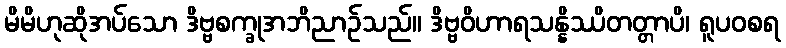
မိမိဟုဆိုအပ်သော ဒိဗ္ဗစက္ခုအဘိညာဉ်သည်။ ဒိဗ္ဗဝိဟာရသန္နိဿိတတ္တာပိ၊ ရူပဝစရ